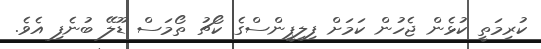
ކުރިމަތީ ކުޅެން ޖެހުން ކަމަށް ފިލިޕީންސްގެ ކޯޗު ތޯމަސް ޑޫލޭ ބުނެފި އެވެ.